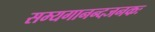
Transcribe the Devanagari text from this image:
सम्यगानन्दजनकः